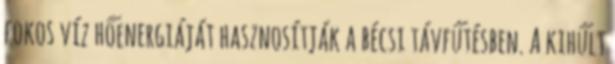
fokos víz hőenergiáját hasznosítják a bécsi távfűtésben. A kihűlt